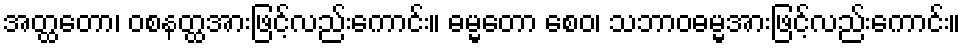
အတ္ထတော၊ ဝစနတ္ထအားဖြင့်လည်းကောင်း။ ဓမ္မတော စေဝ၊ သဘာဝဓမ္မအားဖြင့်လည်းကောင်း။